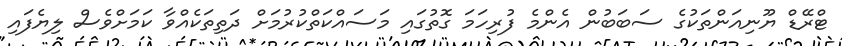
ޓްރޭޑް ޔޫނިއަންތަކުގެ ސަބަބުން އެންމެ ފުރިހަމަ ގޮތުގައި މަސައްކަތްކުރުމަށް ދަތިތަކެއްވާ ކަމަށްވެސް ލިޔެފައި